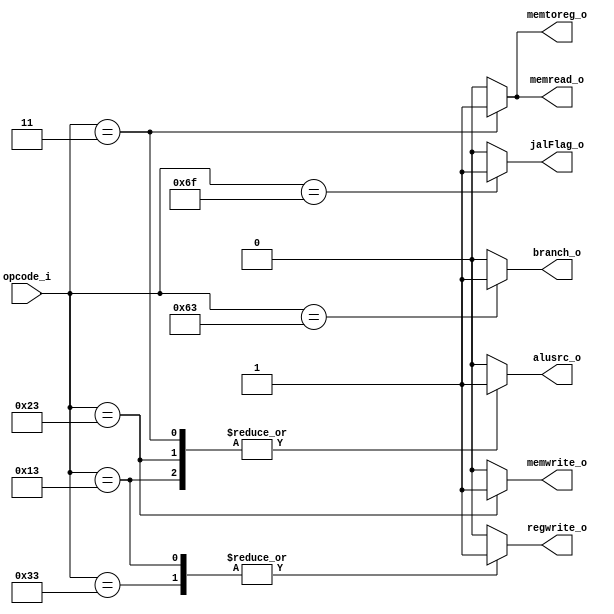
/*
	Grupo:			5CV3
	Proyecto:   	monociclo_FPGA
	Archivo:			decodificador.v
	Equipo:			Equipo 3
	Integrantes:	Abraham Roman Ramrez
						Andrade Jimnez Jonathan 
						Brenda Vergara Martnez
						Kaleb Yael De La Rosa Gutirrez
						Osmar Alejandro Garcia Jimnez
	Descripcion: 	Esta estapa decodifica el opcode de forma que controla las etapas y cuando
						tienen que escribir o leer los registros implementados
						
*/
module decodificador( //etapa de control 
  input			[6:0] opcode_i,
  output 	reg   	regwrite_o,
  output 	reg   	alusrc_o,
  output 	reg   	memwrite_o,
  output 	reg   	memread_o,
  output		reg		memtoreg_o,
  output		reg		branch_o,
  output		reg		jalFlag_o
);

	//wire  [6:0]  opcode_w;
	//assign       opcode_w = instruccion_i[6:0];

	always @(*)
	begin
		case(opcode_i)
			7'b0010011:     //tipo I
				begin 
					regwrite_o	=	1'b1;
					alusrc_o 	=  1'b1;
					memwrite_o  =  1'b0;
					memread_o   =  1'b0;
					memtoreg_o  =  1'b0;
					branch_o		=	1'b0;
					jalFlag_o	=	1'b0;
				end
			7'b0110011:     //tipo R
				begin 
					regwrite_o	=	1'b1;
					alusrc_o 	=  1'b0;
					memwrite_o  =  1'b0;
					memread_o   =  1'b0;
					memtoreg_o  =  1'b0;
					branch_o		=	1'b0;
					jalFlag_o	=	1'b0;
				end	
			7'b0100011:     //tipo S
				begin 
					regwrite_o	=	1'b0;
					alusrc_o 	=  1'b1;
					memwrite_o  =  1'b1;
					memread_o   =  1'b0;
					memtoreg_o  =  1'b0;
					branch_o		=	1'b0;
					jalFlag_o	=	1'b0;
				end	
			7'b0000011:     //tipo Load
				begin 
					regwrite_o	=	1'b0;
					alusrc_o 	=  1'b1;
					memwrite_o  =  1'b0;
					memread_o   =  1'b1;
					memtoreg_o  =  1'b1;
					branch_o		=	1'b0;
					jalFlag_o	=	1'b0;
				end
			7'b1100011:     //tipo branch
				begin 
					regwrite_o	=	1'b0;
					alusrc_o 	=  1'b0;
					memwrite_o  =  1'b0;
					memread_o   =  1'b0;
					memtoreg_o  =  1'b0;
					branch_o		=	1'b1;
					jalFlag_o	=	1'b0;
				end
			7'b1101111:     //tipo JAL
				begin 
					regwrite_o	=	1'b0;
					alusrc_o 	=  1'b0;
					memwrite_o  =  1'b0;
					memread_o   =  1'b0;
					memtoreg_o  =  1'b0;
					branch_o		=	1'b0;
					jalFlag_o	=	1'b1;
				end
			default:   //instruccion no soportada  
				begin 
					regwrite_o  =  1'b0;
					alusrc_o    =  1'b0;
					memwrite_o  =  1'b0;
					memread_o   =  1'b0;
				   memtoreg_o  =  1'b0;	
					branch_o		=	1'b0;
					jalFlag_o	=	1'b0;
				end
		endcase 
	end
endmodule